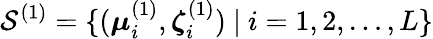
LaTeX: {\mathcal S}^{(1)}=\{ (\boldsymbol{\mu}_{i}^{(1)},\boldsymbol{\zeta}_{i}^{(1)})~|~i=1,2,\ldots,L\}